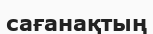
сағанақтың